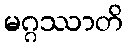
မဂ္ဂဿာတိ